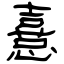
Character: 憙